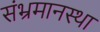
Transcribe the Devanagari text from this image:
संभ्रमानस्था